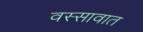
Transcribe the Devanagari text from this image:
वस्सावात